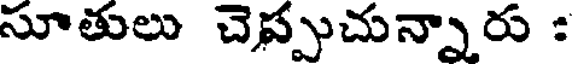
సూతులు చెప్పుచున్నారు :